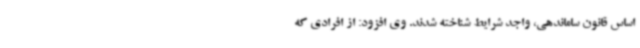
اساس قانون ساماندهی، واجد شرایط شناخته شدند. وی افزود: از افرادی که